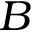
B